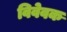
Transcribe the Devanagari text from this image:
विवेवक